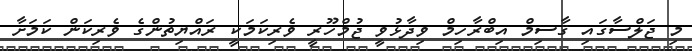
މި ޖަލްސާގައި ޤާސިމް އިބްރާހިމް ވިދާޅުވީ ޖުމްހޫރީ ވެރިކަމަކީ ރައްޔިތުންގެ ވެރިކަން ކަމަށާ